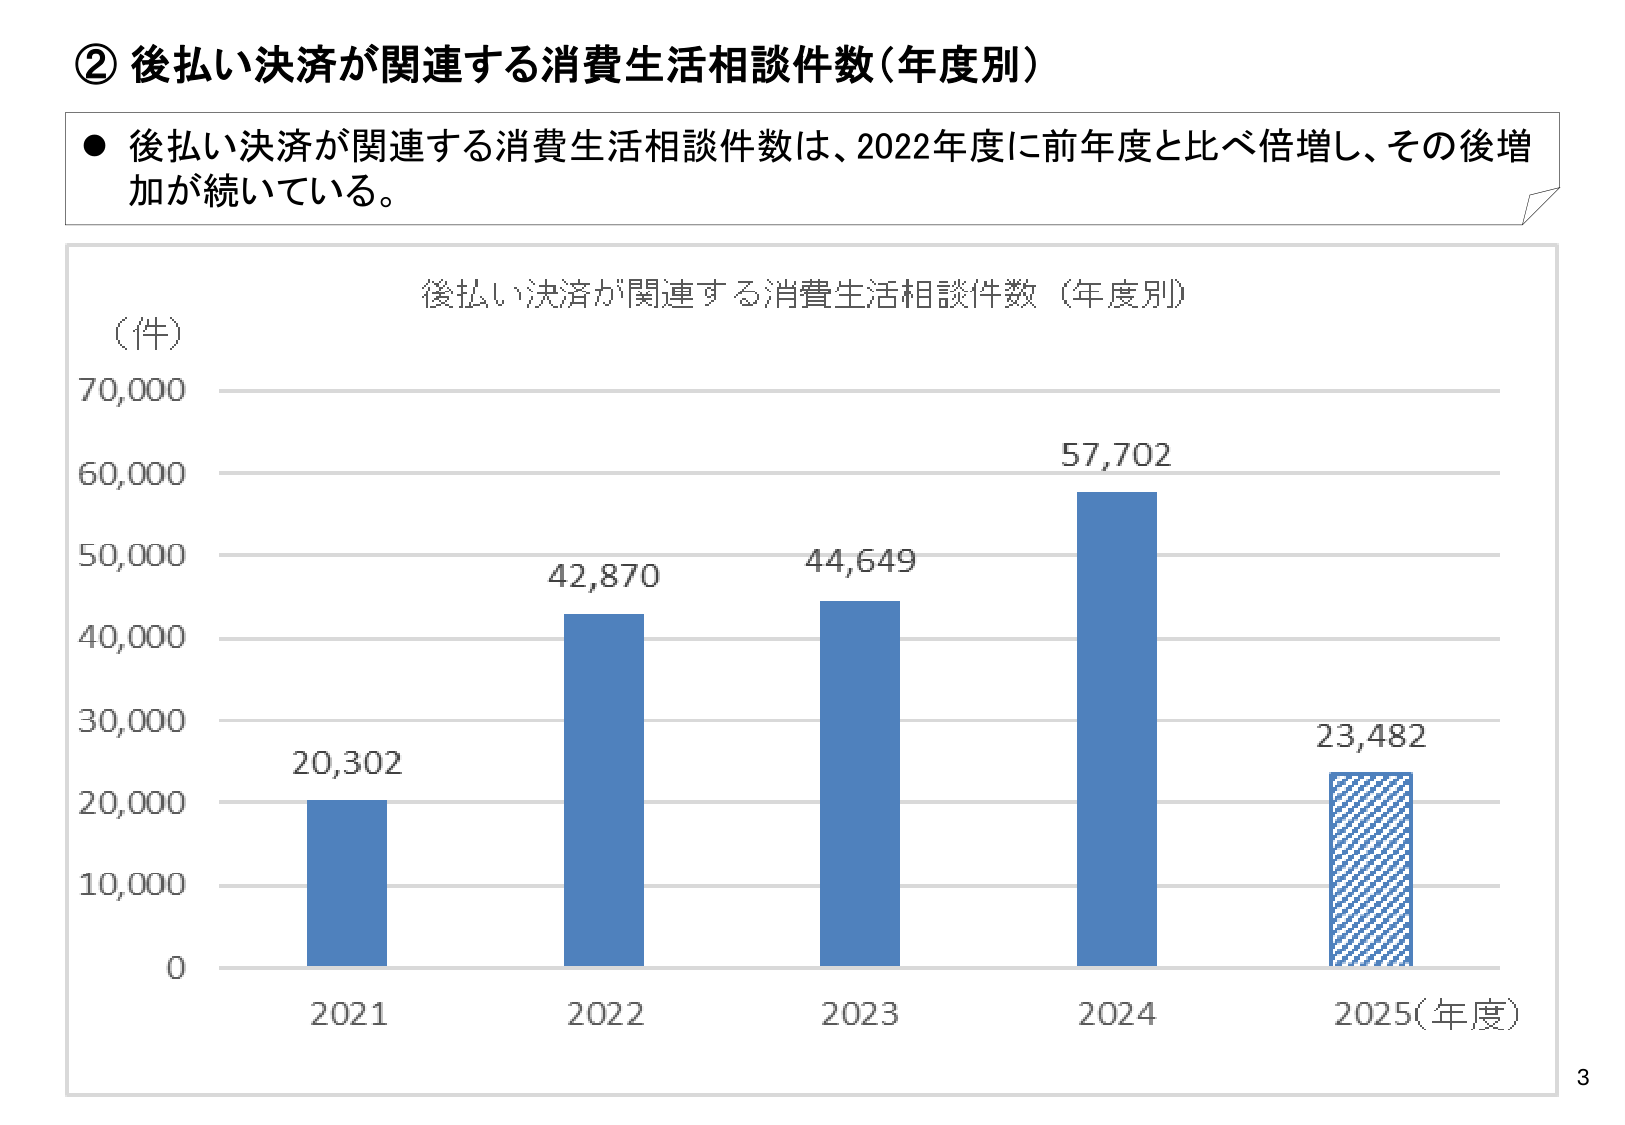
② 後払い決済が関連する消費生活相談件数（年度別）

● 後払い決済が関連する消費生活相談件数は、2022年度に前年度と比べ倍増し、その後増加が続いている。

後払い決済が関連する消費生活相談件数（年度別）

（件）
70,000
60,000
50,000
40,000
30,000
20,000
10,000
0

20,302
42,870
44,649
57,702
23,482

2021
2022
2023
2024
2025（年度）

3